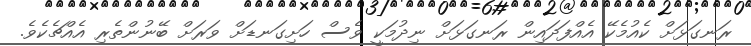
ރަނގަޅަށް ކެއުމެކޭ އެއްފަދައިން ރަނގަޅަށް ނިދުމަކީ ވެސް ހަށިގަނޑަށް ވަރަށް ބޭނުންތެރި އެއްޗެކެވެ.